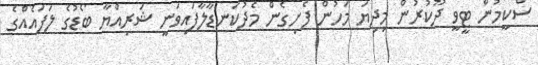
ސްކީމުން ޓީވީ ދޫކުރުން މިދިޔަ މަހުން ފެށިގެން މެދުކަނޑާލާފައިވަނީ ޝަރިއްޔާ ބޯޑުގެ ލަފައެއްގެ